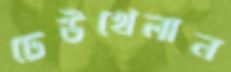
ঢেউখেলান